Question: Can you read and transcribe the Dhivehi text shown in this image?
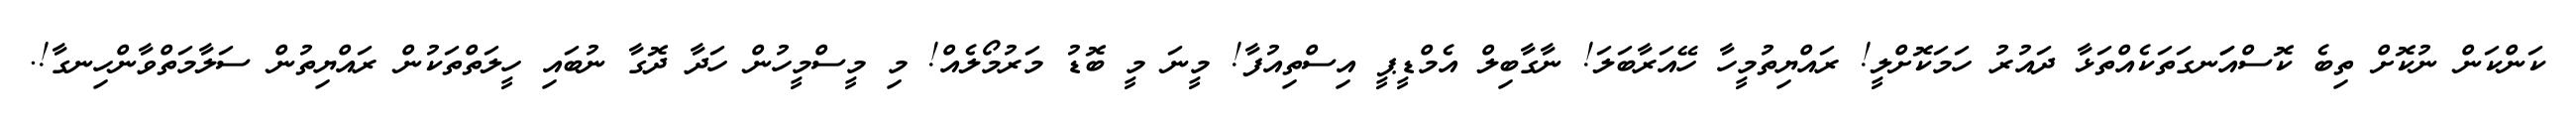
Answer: ކަންކަން ނުކޮށް ތިބެ ކޮސްއަަނގަތަކެއްތަޅާ ދައުރު ހަމަކޮށްލީ! ރައްޔިތުމީހާ ހޭއަރާބަލަ! ނާގާބިލް އެމްޑީޕީ އިސްތިއުފާ! މީނަ މީ ބޮޑު މަރުމޯލެއް! މި މީސްމީހުން ހަދާ ދޮގާ ނުބައި ހީލަތްތަކުން ރައްޔިތުން ސަލާމަތްވާންހިނގާ!.